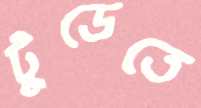
টুডেতে